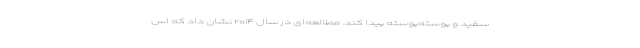
سفید و پوسته‌پوسته پیدا کند. مطالعه‌ای در سال ۲۰۱۴ نشان داد که اس